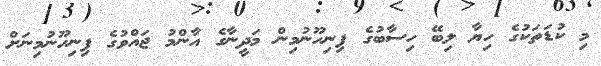
މި ކުޑަތަކުގެ ހިޔާ ލިބޭ ހިސާބުގެ ފިނިހޫނުމިން މަދީނާގެ އާންމު ޖައްވުގެ ފިނިހޫނުމިނަށް